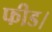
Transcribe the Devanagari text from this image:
फीड।